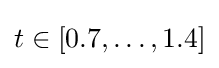
t\in [0.7,\dots ,1.4]